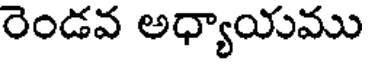
రెండవ అధ్యాయము